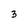
Character: 3